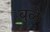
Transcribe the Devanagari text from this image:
बुळे